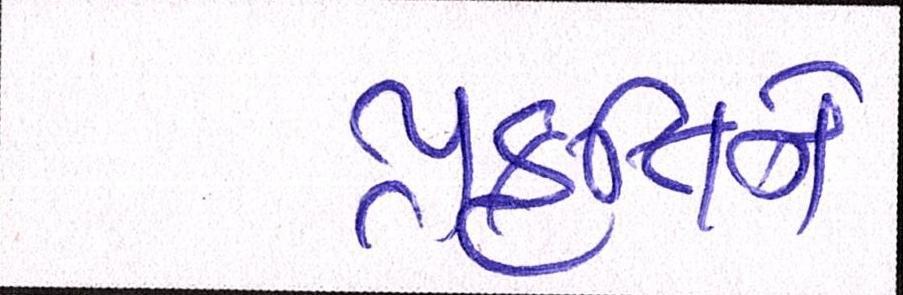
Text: પ્રકૃતિને